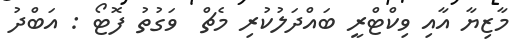
މާޒިޔާ އާއި ވިކްޓްރީ ބައްދަލުކުރި މެޗް  ވަގުތު ފޮޓޯ : އަބްދު